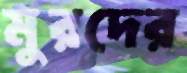
মুরদের